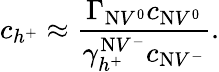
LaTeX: c_{h^{+}}\approx\frac{\Gamma_{\mathrm{N}V^{0}}c_{\mathrm{N}V^{0}}}{\gamma_{h^{+}}^{\mathrm{N}V^{-}}c_{\mathrm{N}V^{-}}}.